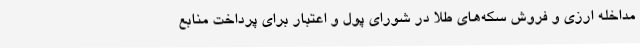
مداخله ارزی و فروش سکه‌های طلا در شورای پول و اعتبار برای پرداخت منابع